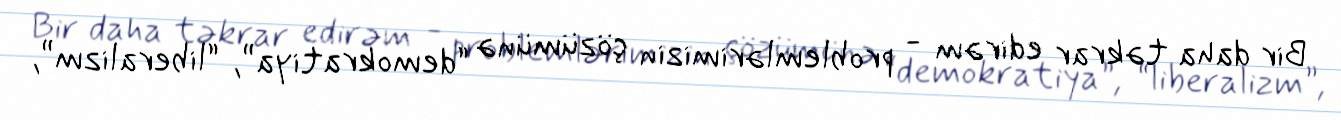
Bir daha təkrar edirəm - problemlərimizin çözümünə “demokratiya”, “liberalizm”,